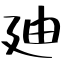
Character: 廸